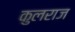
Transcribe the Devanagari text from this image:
कुलराज